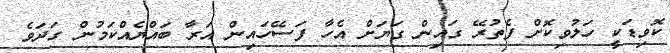
ކޮވިޑަކީ ހަލުވިކޮށް ފެތުރޭ ގައިން ގަޔަށް އެހާ ފަސޭހައިން އަރާ ބައްޔެއްކަމުން ގަދަވެ